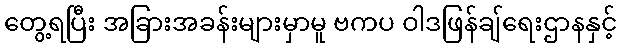
တွေ့ရပြီး အခြားအခန်းများမှာမူ ဗကပ ဝါဒဖြန်ချ်ရေးဌာနနှင့်